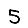
Digit: 5